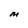
Character: M